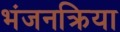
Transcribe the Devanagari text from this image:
भंजनक्रिया